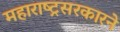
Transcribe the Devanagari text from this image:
महाराष्ट्रसरकारने